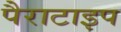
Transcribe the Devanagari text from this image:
पैराटाइप